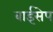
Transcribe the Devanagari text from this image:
बाईसेप